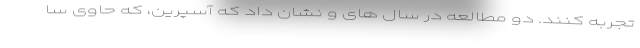
تجربه کنند. دو مطالعه در سال های و نشان داد که آسپرین، که حاوی سا